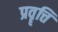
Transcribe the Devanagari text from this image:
प्रवॄत्ति